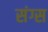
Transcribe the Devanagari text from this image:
संग्स